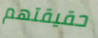
حقيقتهم